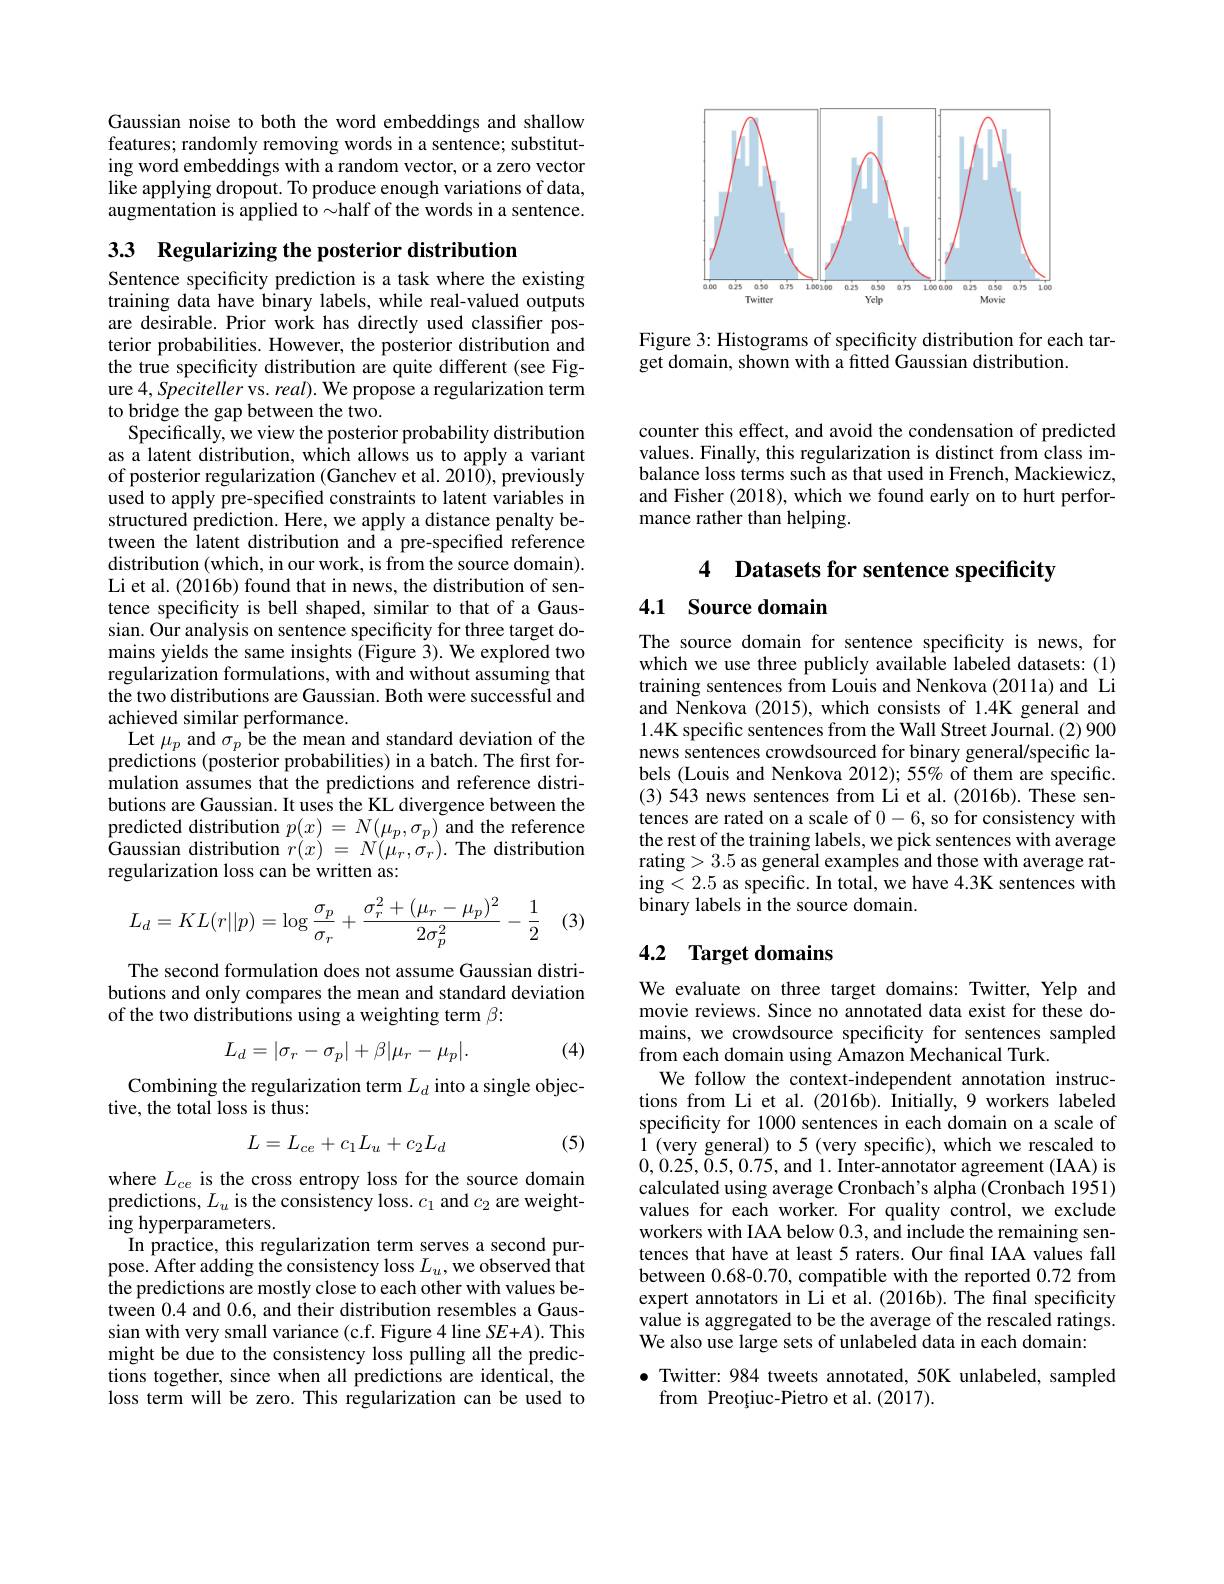
<FigureHere>

Figure 3: Histograms of specificity distribution for each tar-
get domain, shown with a fitted Gaussian distribution.

Gaussian noise to both the word embeddings and shallow features; randomly removing words in a sentence; substituting word embeddings with a random vector, or a zero vector like applying dropout. To produce enough variations of data, augmentation is applied to $\sim$half of the words in a sentence.

3.3 Regularizing the posterior distribution
Sentence specificity prediction is a task where the existing training data have binary labels, while real-valued outputs are desirable. Prior work has directly used classifier posterior probabilities. However, the posterior distribution and the true specificity distribution are quite different (see Figure $4,Speciteller$ vs. real). We propose a regularization term to bridge the gap between the two.
Specifically, we view the posterior probability distribution as a latent distribution, which allows us to apply a variant of posterior regularization (Ganchev et al. 2010), previously used to apply pre-specified constraints to latent variables in structured prediction. Here, we apply a distance penalty between the latent distribution and a pre-specified reference distribution (which, in our work, is from the source domain). Li et al. (2016b) found that in news, the distribution of sentence specificity is bell shaped, similar to that of a Gaussian. Our analysis on sentence specificity for three target domains yields the same insights (Figure 3). We explored two regularization formulations, with and without assuming that the two distributions are Gaussian. Both were successful and achieved similar performance.
Let $\mu_{p}$ and $\sigma_{p}$ be the mean and standard deviation of the predictions (posterior probabilities) in a batch. The first formulation assumes that the predictions and reference distributions are Gaussian. It uses the KL divergence between the predicted distribution $p(x)=N(\mu_{p},\sigma_{p})$ and the reference Gaussian distribution $r(x)~=~N(\mu_{r},\sigma_{r}).$ The distribution regularization loss can be written as:
$$L_d=KL(r||p)=\log\frac{\sigma_p}{\sigma_r}+\frac{\sigma_r^2+(\mu_r-\mu_p)^2}{2\sigma_p^2}-\frac{1}{2}$$
(3)

The second formulation does not assume Gaussian distributions and only compares the mean and standard deviation of the two distributions using a weighting term $\beta:$

(4)
$$L_d=|\sigma_r-\sigma_p|+\beta|\mu_r-\mu_p|.$$
Combining the regularization term $L_d$ into a single objec-
tive, the total loss is thus:
$$L=L_{ce}+c_1L_u+c_2L_d$$
(5)

where $L_{ce}$ is the cross entropy loss for the source domain predictions, $L_u$ is the consistency loss. $c_1$ and $c_2$ are weighting hyperparameters.
In practice, this regularization term serves a second purpose. After adding the consistency loss $L_u$,we observed that the predictions are mostly close to each other with values between 0.4 and 0.6, and their distribution resembles a Gaussian with very small variance (c.f. Figure 4 line SE+A). This might be due to the consistency loss pulling all the predictions together, since when all predictions are identical, the loss term will be zero. This regularization can be used to

counter this effect, and avoid the condensation of predicted values. Finally, this regularization is distinct from class imbalance loss terms such as that used in French, Mackiewicz, and Fisher (2018), which we found early on to hurt performance rather than helping.

4 Datasets for sentence specificity
## 4.1 Source domain

The source domain for sentence specificity is news, for which we use three publicly available labeled datasets: (1) training sentences from Louis and Nenkova (2011a) and Li and Nenkova (2015), which consists of 1.4K general and 1.4K specific sentences from the Wall Street Journal. (2) 900 news sentences crowdsourced for binary general/specific labels (Louis and Nenkova 2012); 55% of them are specific. (3) 543 news sentences from Li et al.(2016b). These sentences are rated on a scale of 0-6, so for consistency with the rest of the training labels, we pick sentences with average rating>3.5 as general examples and those with average rating<2.5 as specific. In total, we have 4.3K sentences with binary labels in the source domain.

## 4.2 Target domains

We evaluate on three target domains: Twitter, Yelp and movie reviews. Since no annotated data exist for these domains, we crowdsource specificity for sentences sampled from each domain using Amazon Mechanical Turk.
We follow the context-independent annotation instructions from Li et al. (2016b). Înitially,9 workers labeled specificity for 1000 sentences in each domain on a scale of 1 (very general) to 5 (very specific), which we rescaled to 0,0.25,0.5,0.75,and 1.Inter-annotator agreement (IAA) is calculated using average Cronbach's alpha (Cronbach 1951) values for each worker. For quality control, we exclude workers with IAA below 0.3, and include the remaining sentences that have at least 5 raters. Our final IAA values fall between 0.68-0.70, compatible with the reported 0.72 from expert annotators in Li et al. (2016b). The final specificity value is aggregated to be the average of the rescaled ratings. We also use large sets of unlabeled data in each domain:

$\bullet$ Twitter: 984 tweets annotated, 50K unlabeled, sampled
from Preoțiuc-Pietro et al. (2017).